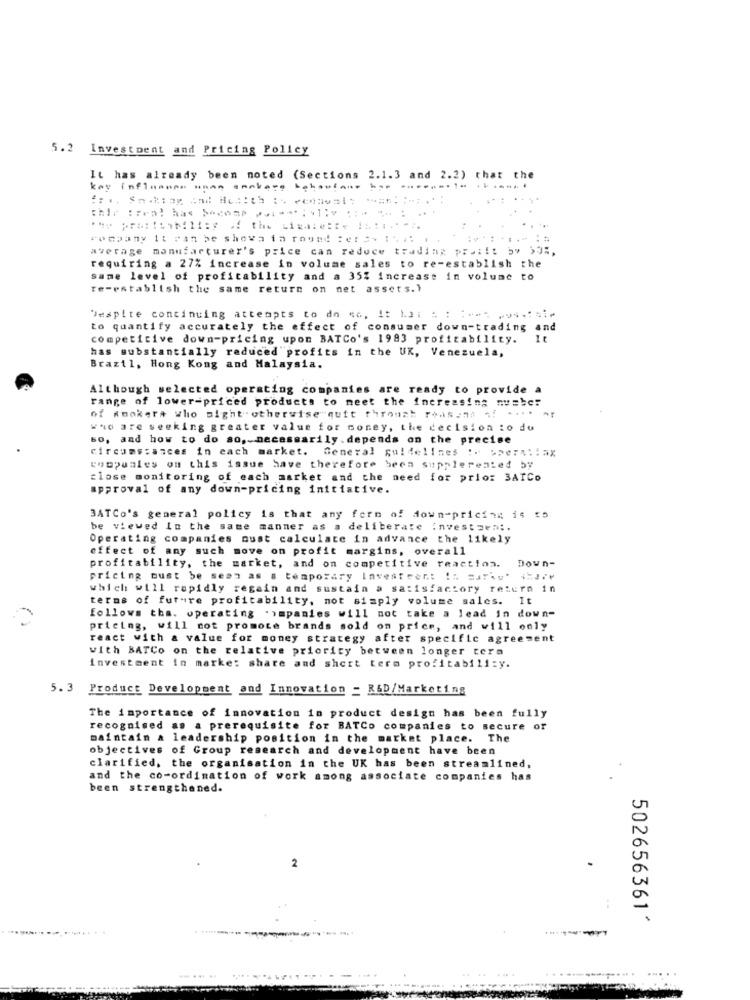
5.2
Investment and Pricing Policy
It has already been noted (Sections 2.1.3 and 2.2) that the
kay inflmmmmm unan smakerg kehasta ... ... ......... .......
company It can be showa in round : er =. ....
average manufacturer's price can reduce trading prai !: by ,9%,
requiring a 27% increase in volume sales to re-establish the
same level of profitability and a 35% increase in volume to
re-establish the same return on net assets.)
Despite continuing attempts to do so, It 12i : : :**- 4.
to quantify accurately the effect of consumer down-trading and
competitive down-pricing upon BATCo's 1983 profitability.
has substantially reduced profits in the UK, Venezuela,
Brazil, Hong Kong and Malaysia.
Although selected operating companies are ready to provide a
range of lower-priced products to meet the increasing musbe?
...
of anokera who might otherwise quit through reason# 4!
who are seeking greater value for money, the decision to du
60, and how to do so, necessarily.depends on the precise
circumstances in each market. General guidelines !. >pers:iax
coopunles on this issue have therefore been supplerented by
close monitoring of each market and the need for prior 3AICo
approval of any down-pricing initiative.
3ATCo's general policy is that any form of down-pricing is 55
be viewed In the same manner as a deliberate invest zen :.
Operating companies oust calculate in advance the likely
effect of any such move on profit margins, overall
profitability, the market, and on competitive reaction. Doun-
pricing oust be sent as a temporary Inventeen: In SatAy' 4227⑈
which will rapidly regain and sustain a satisfactory return in
terms of future profitability, not simply volume sales. It
follows tha. operating .impanies will not take a lead in down-
pricing, will not promote brands sold on price, and will only
react with & value for money strategy after specific agreement
with BATCo on the relative priority between longer tera
investment in marke: share and short term profitability.
5.3
Product Development and Innovation = R&D/Marketing
The importance of innovation in product design has been fully
recognised as a prerequisite for BATCo companies to secure or
maintain a leadership position in the market place. The
objectives of Group research and development have been
clarified, the organisation in the UK has been streamlined,
and the co-ordination of work among associate companies has
been strengthened.
2
502656361*